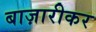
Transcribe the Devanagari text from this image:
बाज़ारीकर